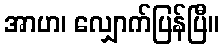
အာဟ၊ လျှောက်ပြန်ပြီ။